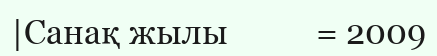
|Санақ жылы           = 2009